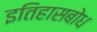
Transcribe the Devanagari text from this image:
इतिहासबोध